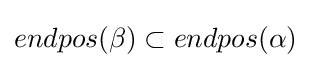
endpos(\beta )\subset endpos(\alpha )